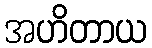
အဟိတာယ